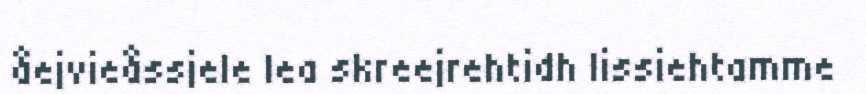
åejvieåssjele lea skreejrehtidh lissiehtamme